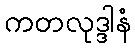
ကတလုဒ္ဒါနံ